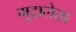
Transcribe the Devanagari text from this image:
मुद्रालेख